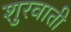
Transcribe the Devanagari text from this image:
शुरवाती